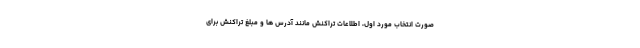
صورت انتخاب مورد اول، اطلاعات تراکنش مانند آدرس ها و مبلغ تراکنش برای